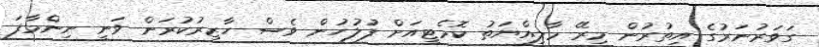
ގަވަރުނަރުގެ އިތުރުން މިރޭ މާލިއްޔަތު ކޮމެޓީއަށް ފުލުހުން ވެސް ހާޒިރުކުރަން ވަނީ ނިންމާފަ